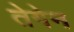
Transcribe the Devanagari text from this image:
तेगेन